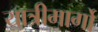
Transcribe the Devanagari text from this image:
यात्रीमार्गो